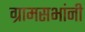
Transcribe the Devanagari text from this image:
ग्रामसभांनी